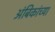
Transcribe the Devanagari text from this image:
अंबिकांच्या